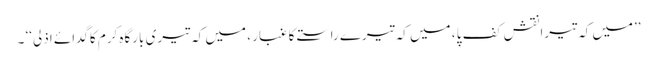
’’میں کہ تیرا نقشِ کف پا ، میں کہ تیرے راستے کا غبار ، میں کہ تیری بارگاہِ کرم کاگدائے اذلی‘‘ ۔